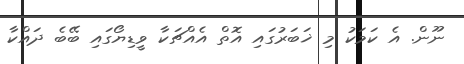
ނޫން. އެ ކަމަކު މި ޚަބަރުގައި އޮތް އެއްޗަކާ ވީޑިޔޯގައި ބޭބެ ދައްކާ